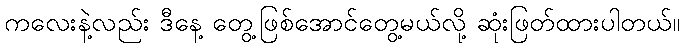
ကလေးနဲ့လည်း ဒီနေ့ တွေ့ဖြစ်အောင်တွေ့မယ်လို့ ဆုံးဖြတ်ထားပါတယ်။